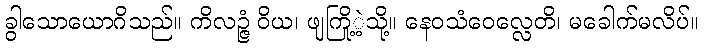
ခွါသောယောဂိသည်။ ကိလဉ္ဇံ ဝိယ၊ ဖျကြို့ဲ့သို့။ နေဝသံဝေလ္လေတိ၊ မခေါက်မလိပ်။